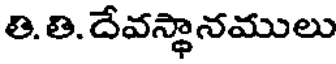
తి. తి. దేవస్థానములు